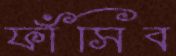
ফাঁসিব